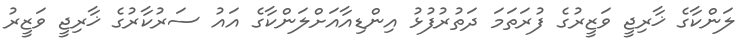
ލަންކާގެ ޚާރިޖީ ވަޒީރުގެ ފުރަތަމަ ދަތުރުފުޅު އިންޑިއާއަށްލަންކާގެ އައު ސަރުކާރުގެ ޚާރިޖީ ވަޒީރު